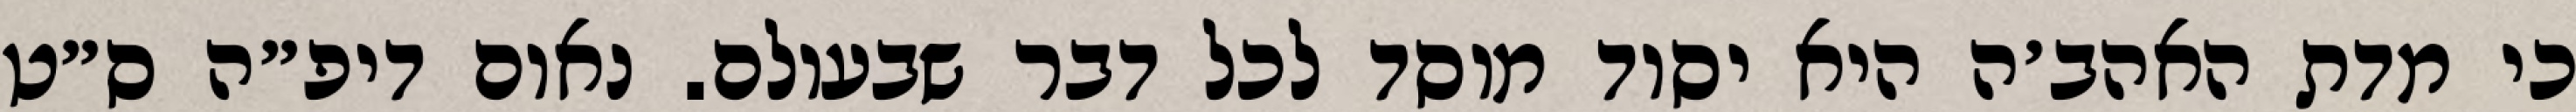
כי מדת האהב׳ה היא יסוד מוסד לכל דבר שבעולם. נאום דיפ״ה ס״ט